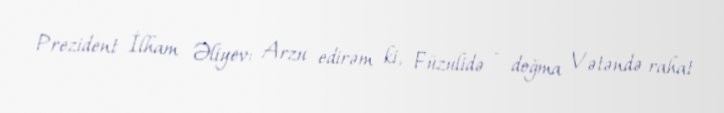
Prezident İlham Əliyev: Arzu edirəm ki, Füzulidə - doğma Vətəndə rahat